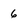
Character: 6